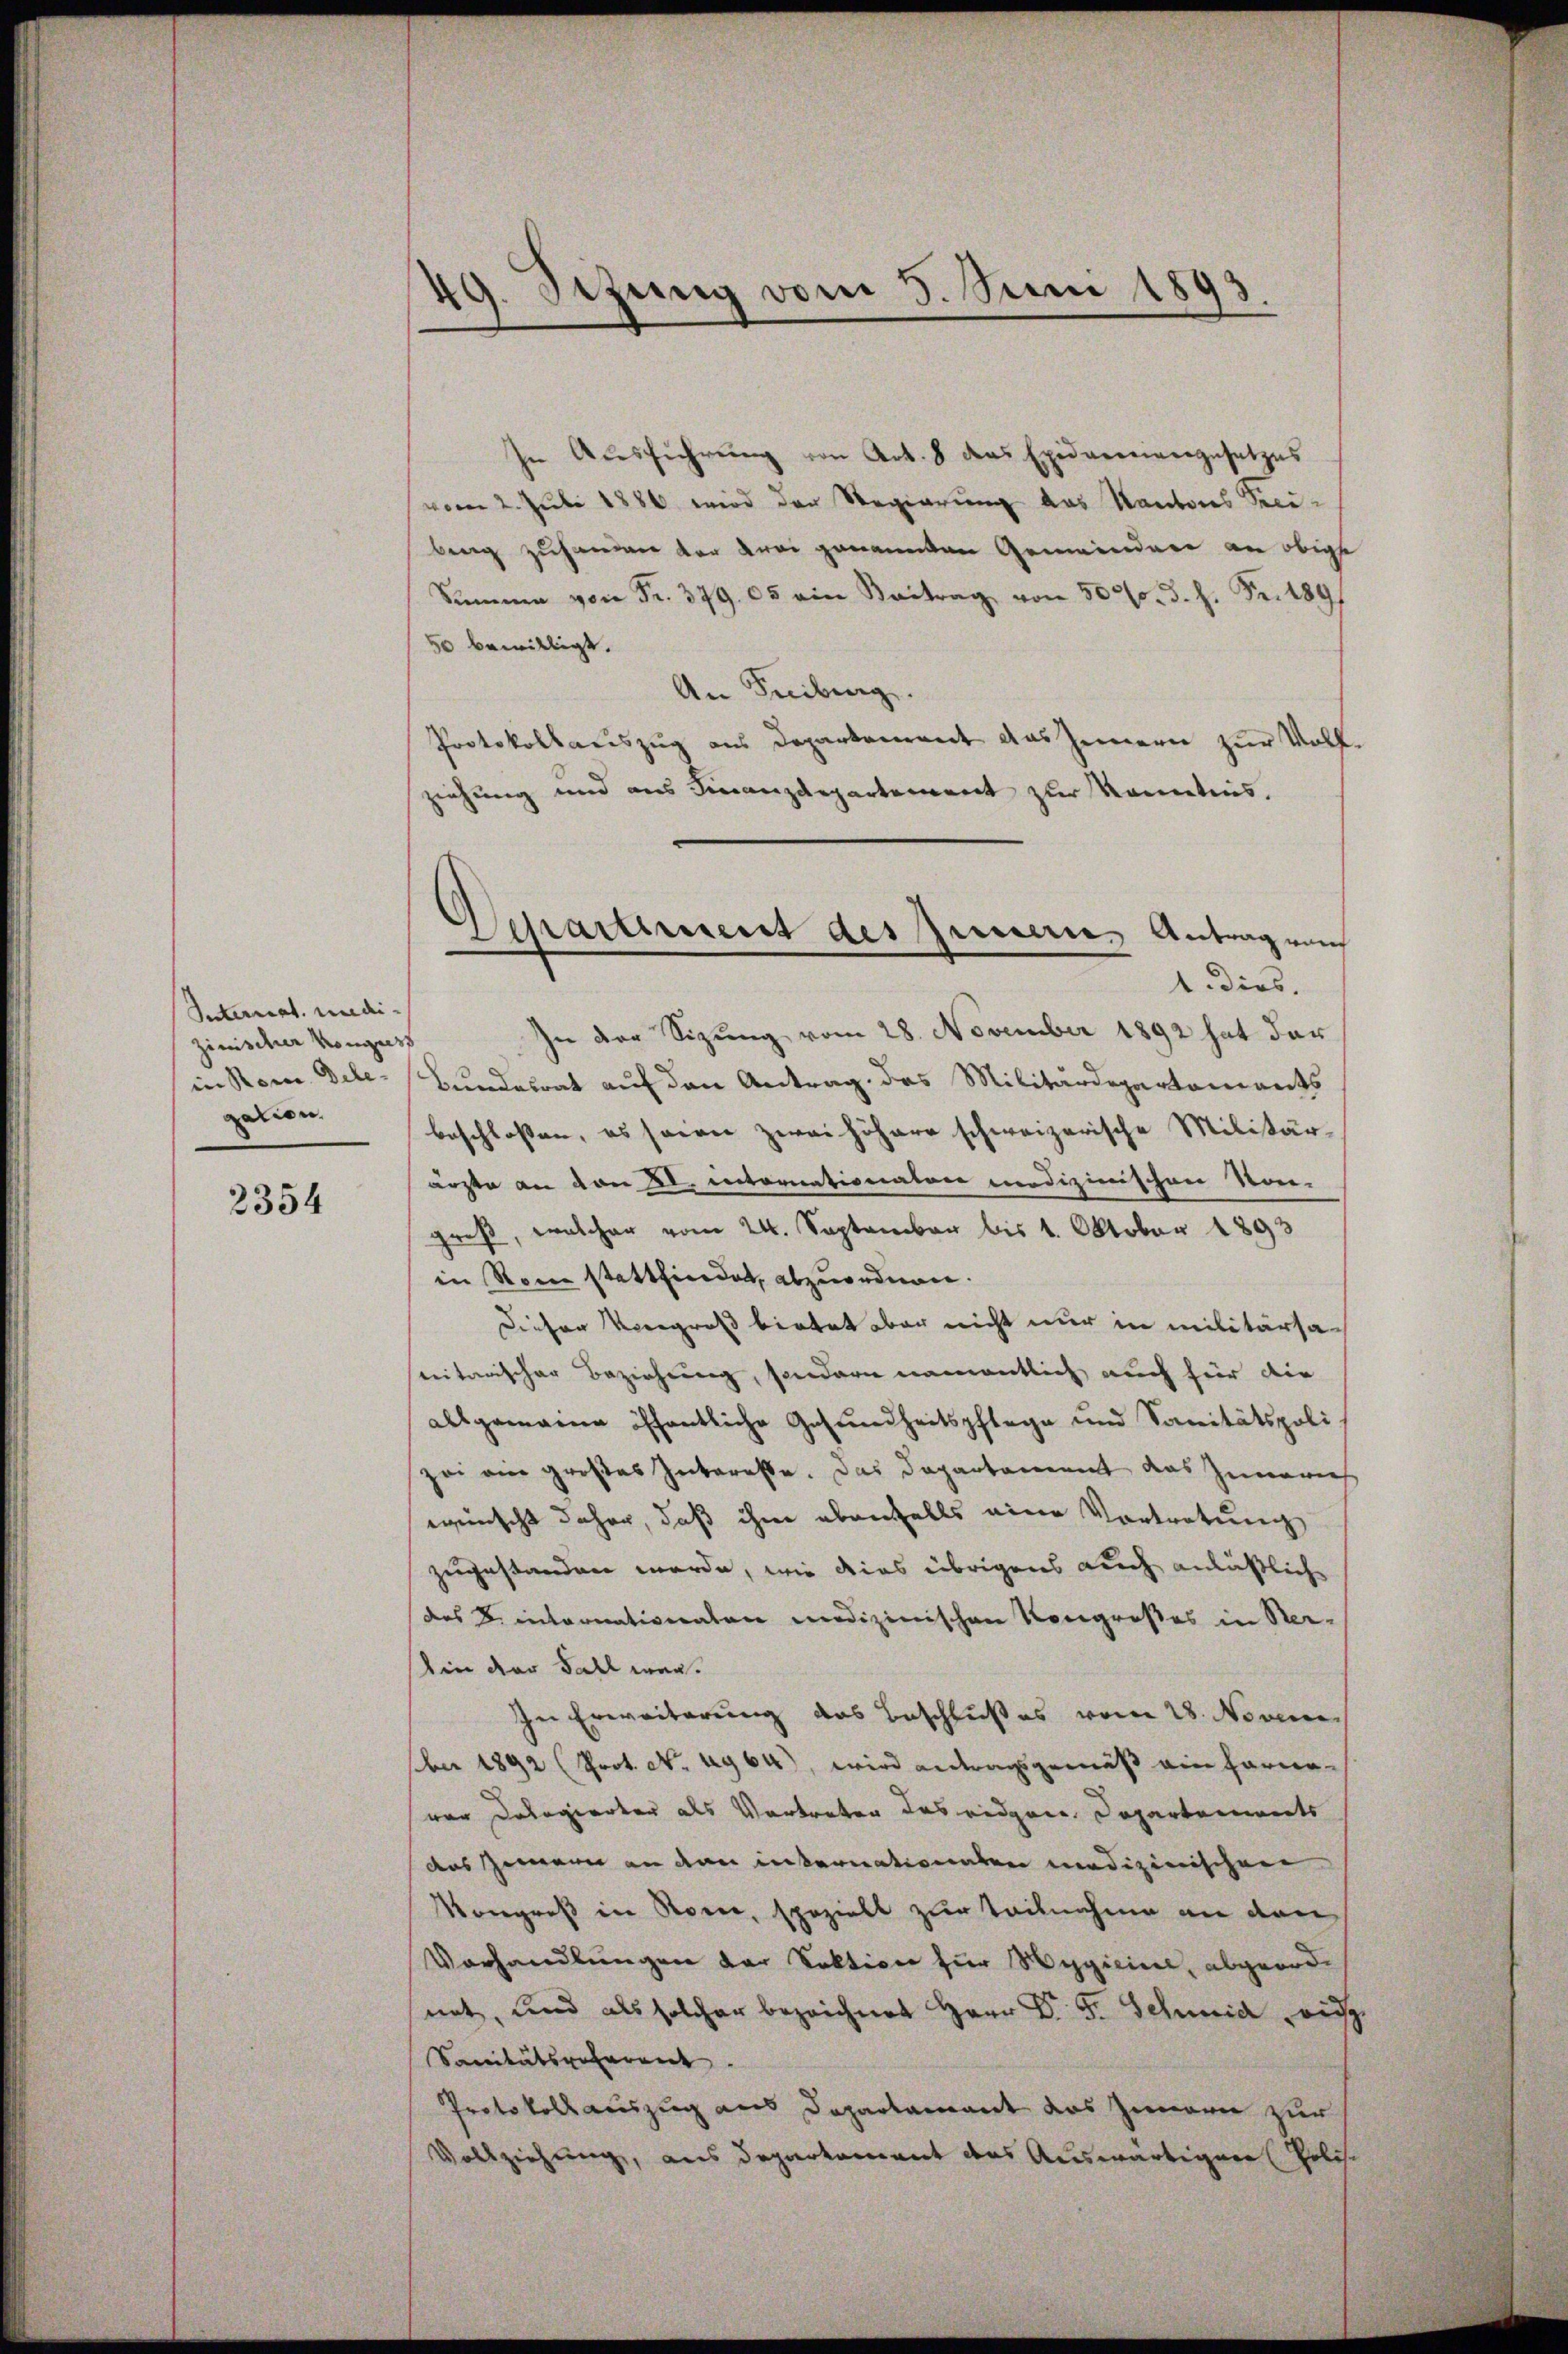
Interrat undi-
zimischer Konzes
in Rom. Dele-
gation

2354

49. Sezung vom 5. Juni 1893.

Separtement des Innern, Antragen

In Aŭsführŭng von Art. 8 das Exidarenvergesetzes
vom 2. Juli 1886 wird der Regierung das Kantons Preiberg zuhanden der drei genannten Gemeindere an obige
Summe von Fr. 379. 05 ein Vortrag von 500fr. d. h. Fr. 1891
50 bewilligt.
An Freibung.
Protokollauszug aus Departement das Innern zur Voll-
zeichung und aus Finanzdepartement zur Kenntnis,
1. dies.
In der Sizung vom 28. November 1892 hat der
Bundesrat auf den Antrag des Militärdepartements
beschlossen, es seien zwei höhere schweizerische Militär-
ärzte an von 2. intornationalen medizinischen Vor-
groß, welcher vom 24. September bis 1. Oktober 1893
in Rom stattfindet, abzuordnen.
Dieser Vergroß bietet aber nicht nur in militärsa-
nitarischer Beziehung, sondern namentlich auch für die
allgemeine öffentliche Gesundheitspflege und Sanitätspoli
zei ein großes Interesse. Das Departament das Inneren
wünscht daher, daß ihme ebenfalls eine Vortretung
zugestanden werde, wie dies übrigens auch anläßliche
des B. internationaten medizinischen Kongroßes in Her-
Ain der Fall wer¬
In Erweiterung des Beschlußes vom 28. Novem
ber 1892 (Prot. No. 4964), wird antragsgemäß ein Farnevon Dalogierter als Vertreten das eidgene Departenmats
das Zwarn an dan internationaten medizinischen
ongreß in Rom, speziell zur Teilnahme an den
Vorhandlungen der Sektione zur Wegicire, abgeordnet, und als solcher bezeichnet Herr Dr. F. Schmid wi
Sanitätspolarent.
Protokollsauszug aus Departament das Zimern zur
Vollziehung, aus Departement das Auswärtigung (Polisc